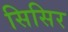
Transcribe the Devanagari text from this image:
सिसिर